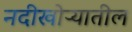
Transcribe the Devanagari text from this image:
नदीखोऱ्यातील